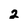
Character: 2